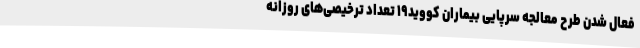
فعال شدن طرح معالجه سرپایی بیماران کووید۱۹ تعداد ترخیصی‌های روزانه